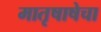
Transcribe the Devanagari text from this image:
मातृषाषेचा